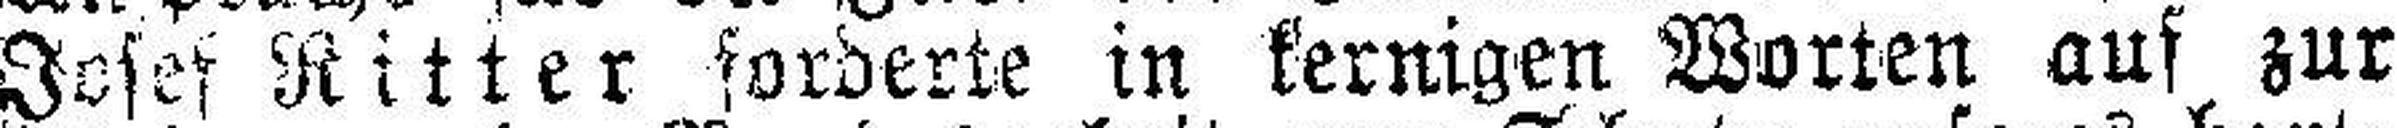
Josef Ritter forderte in kernigen Worten auf zur